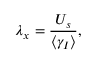
\lambda _ { x } = \frac { U _ { s } } { \langle \gamma _ { I } \rangle } ,